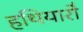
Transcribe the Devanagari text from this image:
हथियारो॑